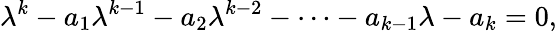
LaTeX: \lambda^{k}-a_{1}\lambda^{k-1}-a_{2}\lambda^{k-2}-\cdots-a_{k-1}\lambda-a_{k}=0,